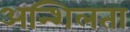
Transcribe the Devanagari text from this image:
अन्शिलता